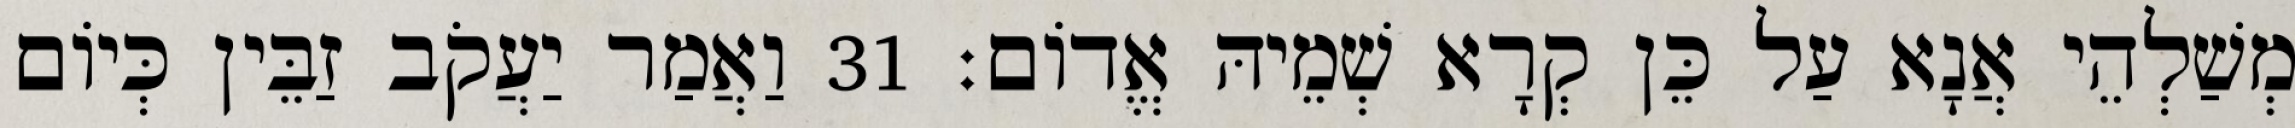
מְשַׁלְהֵי אֲנָא עַל כֵּן קְרָא שְׁמֵיהּ אֱדוֹם׃ 31 וַאֲמַר יַעֲקֹב זַבֵּין כְּיוֹם